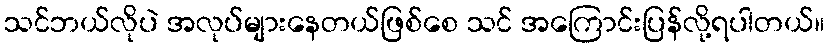
သင်ဘယ်လိုပဲ အလုပ်များနေတယ်ဖြစ်စေ သင် အကြောင်းပြန်လို့ရပါတယ်။